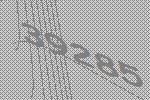
39285